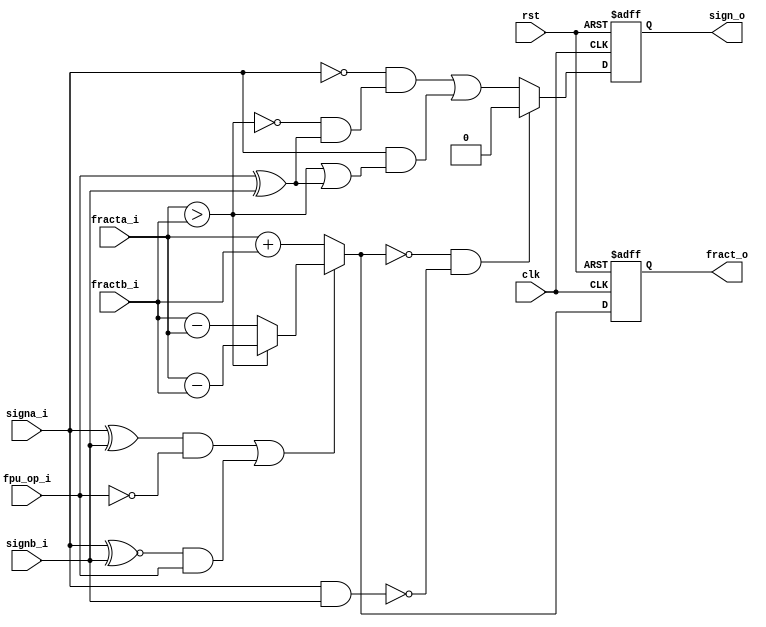
module fpu_addsub(
		  clk,
		  rst,
		  fpu_op_i,
		  fracta_i,
		  fractb_i,
		  signa_i,
		  signb_i,
		  fract_o,
		  sign_o);

   
   parameter FP_WIDTH = 32;
   parameter MUL_SERIAL = 0; // 0 for parallel multiplier, 1 for serial
   parameter MUL_COUNT = 11; //11 for parallel multiplier, 34 for serial
   parameter FRAC_WIDTH = 23;
   parameter EXP_WIDTH = 8;
   parameter ZERO_VECTOR = 31'd0;
   parameter INF = 31'b1111111100000000000000000000000;
   parameter QNAN = 31'b1111111110000000000000000000000;
   parameter SNAN = 31'b1111111100000000000000000000001;
   
   input clk;
   input rst;
   
   input fpu_op_i;   
   input [FRAC_WIDTH+4:0] fracta_i;
   input [FRAC_WIDTH+4:0] fractb_i;
   input 		  signa_i;
   input 		  signb_i;
   output reg [FRAC_WIDTH+4:0] fract_o;
   output reg 		       sign_o;
   
   wire [FRAC_WIDTH+4:0]       s_fracta_i;
   wire [FRAC_WIDTH+4:0]       s_fractb_i;
   wire [FRAC_WIDTH+4:0]       s_fract_o;
   wire 		       s_signa_i, s_signb_i, s_sign_o;   
   wire 		       s_fpu_op_i;
   
   wire 		       fracta_gt_fractb;
   wire 		       s_addop;
   
   assign s_fracta_i = fracta_i;
   assign s_fractb_i = fractb_i;
   assign s_signa_i  = signa_i;
   assign s_signb_i  = signb_i;
   assign s_fpu_op_i = fpu_op_i;
   
   always @(posedge clk or posedge rst)
     if (rst)
       begin
	  fract_o <= 'd0;
	  sign_o <= 1'b0;
       end
     else
       begin
	  fract_o <= s_fract_o;
	  sign_o <= s_sign_o;	
       end
   
   assign fracta_gt_fractb = s_fracta_i > s_fractb_i;
   
   // check if its a subtraction or an addition operation
   assign s_addop = ((s_signa_i ^ s_signb_i) & !s_fpu_op_i) |
		    ((s_signa_i ^~ s_signb_i) & s_fpu_op_i);
   
   // sign of result
   assign s_sign_o = ((s_fract_o == 28'd0) & !(s_signa_i & s_signb_i)) ? 1'b0 :
		     (!s_signa_i & (!fracta_gt_fractb & (fpu_op_i^s_signb_i)))|
		     (s_signa_i & (fracta_gt_fractb | (fpu_op_i^s_signb_i)));
   
   // add/substract
   assign s_fract_o = s_addop ?
		      (fracta_gt_fractb ? s_fracta_i - s_fractb_i :
		       s_fractb_i - s_fracta_i) :
		      s_fracta_i + s_fractb_i;
   
   
endmodule